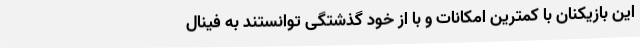
این بازیکنان با کمترین امکانات و با از خود گذشتگی توانستند به فینال